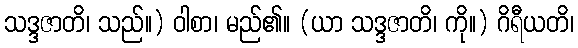
သဒ္ဒဇာတိ၊ သည်။) ဝါစာ၊ မည်၏။ (ယာ သဒ္ဒဇာတိ၊ ကို။) ဂိရီယတိ၊